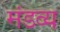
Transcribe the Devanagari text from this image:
मंडव्य